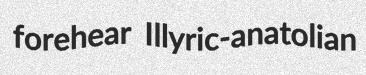
forehear Illyric-anatolian